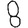
Digit: 8